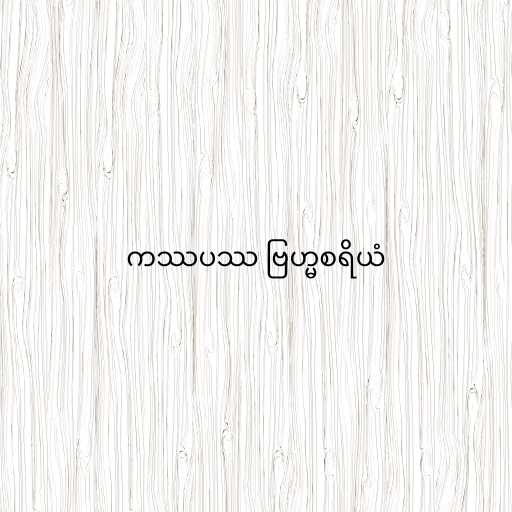
ကဿပဿ ဗြဟ္မစရိယံ